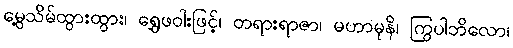
မွေ့သိမ်ထွားထွား၊ ရွှေဖဝါးဖြင့်၊ တရားရာဇာ၊ မဟာမုနိ၊ ကြွပါဘိလော၊